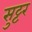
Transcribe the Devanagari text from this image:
सुट्टर